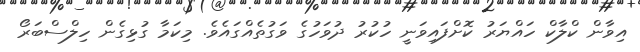
އިވާން ކްލާކް ހައްޔަރު ކޮށްފައިވަނީ ހުކުރު ދުވަހުގެ ވަގުތެއްގައެވެ. މިކަމާ ގުޅިގެން ހިލްސްބަރޯ